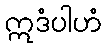
ဣဒံပါဟံ